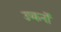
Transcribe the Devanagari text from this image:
उप्कर्नो